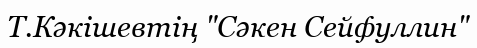
Т.Кәкішевтің "Сәкен Сейфуллин"